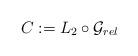
LaTeX: \begin{align*} C:=L_2 \circ \mathcal G_{rel} \end{align*}